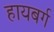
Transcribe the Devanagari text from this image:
हायबर्ग